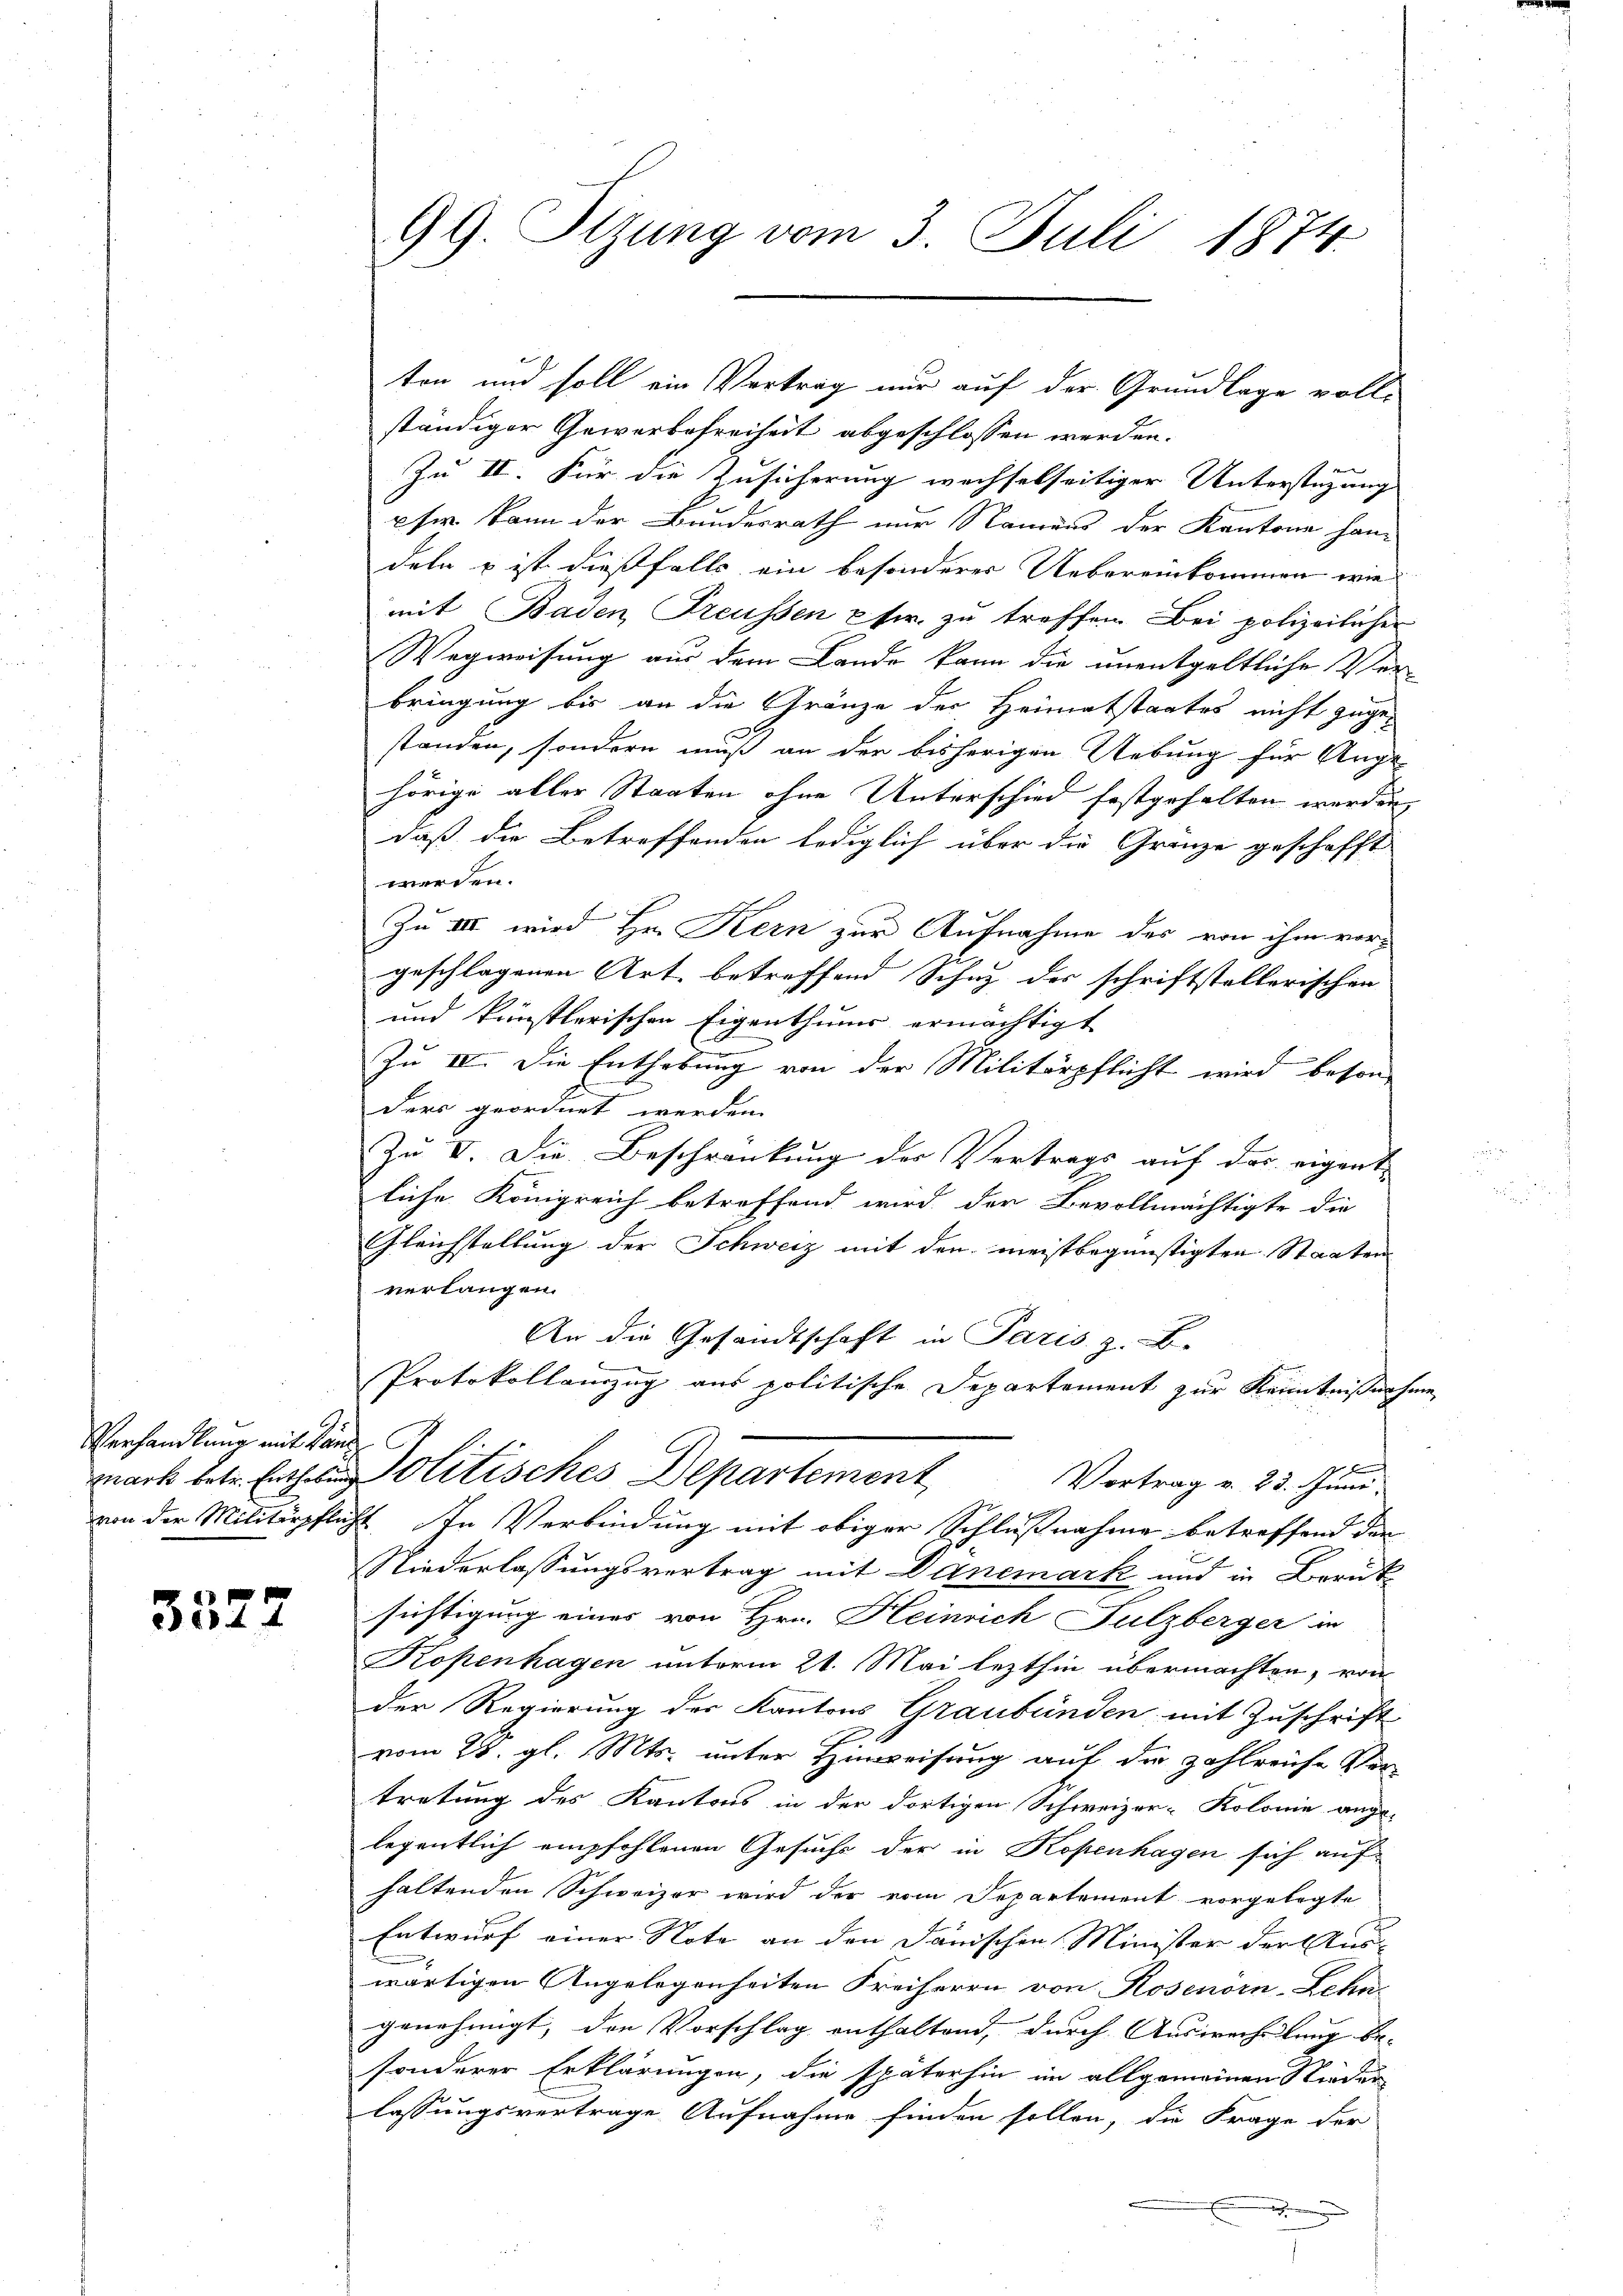
Verhandlung mit kan

3522

99. Sitzung vom 3. Juli 1874.

ten und soll ein Vortrag nur auf der Grundlage voll-
ständiger Gewerbefreiheit abgeschlossen werden.
Zu II. Für die Zusicherung wechselseitiger Unterstüzung
pfer kann der Bunderrath nur Namens der Kantone handeln u ist dießfalls ein besonderer Uebereinkommen wie
mit Baden Freussen etc. zu treffen. Bei polizeilichen
Wegweisung aus dem Lande kann die unentgeltliche Ver-
bringung bis an die Gränze der Heimatstaates nicht zugestanden, sondern muß an der bisherigen Uebung für Ange-
hörige aller Staaten ohne Unterschied festgehalten werden,
daß die Betreffenden lediglich über die Gränze geschafft
werden.
Zu III wird Hr. Kern zur Aufnahme des von ihm vorgeschlagenen Art, betreffend Schuz der schriftstellerischen
und krünstlerischen Eigenthums ermächtigt
Zu IV. Die Enthebung von der Militärpflicht wird beson
ders geordnet werden.
Zu V. Die Beschränkung der Vertrags auf das eigent
liche Königreich betreffend wird der Bevollmächtigte die
Gleichstellung der Schweiz mit den meistbegünstigten Staaten
verlangen.
An die Gesandtschaft in Paris z. B.
Protokollamzug aus politische Departement zur Kenntnißnahme
2 x
mark betr. Entheolitisches Departement
Vortrag v. 23. Juni.
von der Militärpflicht in Verbindung mit obiger Schlußnahme betreffend den
Niederlassungsvertrag mit Danemark und in Berük-
sichtigung eines von Hrn. Heinrich Sulzberger in
Kopenhagen unterm 21. Mai lezthin übermachten, von
der Regierung des Kantons Graubünden mit Zuschrift
vom 28. gl. Mts. unter Hinweisung auf die zahlreiche Ver-
tretung des Kantons in der dortigen Schweizer-Kolonie ange-
legentlich empfohlenen Gesuche der in Kopenhagen sich auf
haltenden Schweizer wird der vom Departement vorgelegte
Entwurf einer Note an den Janischen Minister der Auswärtigen Angelegenheiten Freiherrn von Rosenörn-Lehn-
genehmigt, den Vorschlag enthaltend, durch Auswechslung be-
sonderer Erklärungen, die späterhin im allgemeinen Nieder
lassungsvertrage Aufnahme finden sollen, die Frage der
h